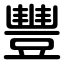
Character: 豐